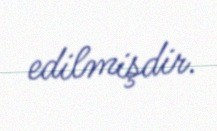
edilmişdir.